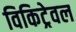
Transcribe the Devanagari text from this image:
विकिट्रेवल